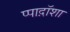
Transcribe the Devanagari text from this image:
प्पाद़ॉशा